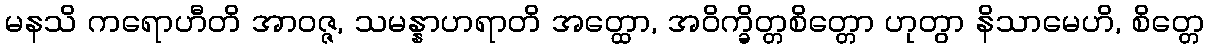
မနသိ ကရောဟီတိ အာဝဇ္ဇ, သမန္နာဟရာတိ အတ္ထော, အဝိက္ခိတ္တစိတ္တော ဟုတွာ နိသာမေဟိ, စိတ္တေ